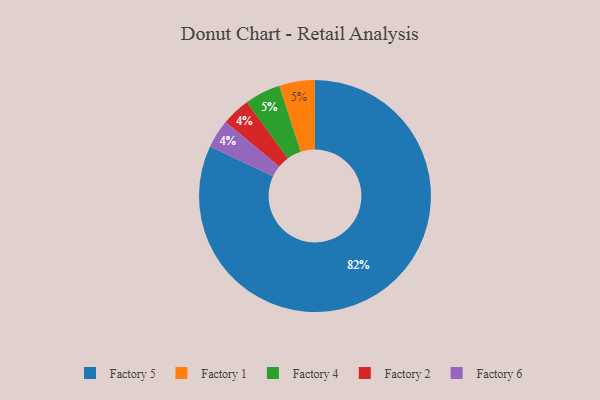
{"axis": {"x": "Category", "y": "Percentage"}, "legend": ["Factory 1", "Factory 2", "Factory 4", "Factory 5", "Factory 6"], "data": [{"x": "Factory 1", "y": 5, "type": "Factory 1"}, {"x": "Factory 2", "y": 4, "type": "Factory 2"}, {"x": "Factory 6", "y": 4, "type": "Factory 6"}, {"x": "Factory 5", "y": 82, "type": "Factory 5"}, {"x": "Factory 4", "y": 5, "type": "Factory 4"}]}